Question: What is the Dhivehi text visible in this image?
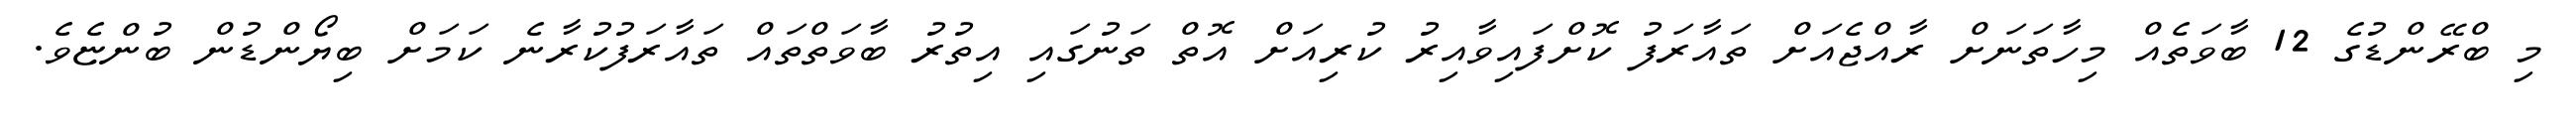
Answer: މި ބްރޭންޑުގެ 12 ބާވަތެއް މިހާތަނަށް ރާއްޖެއަށް ތައާރަފު ކޮށްފައިވާއިރު ކުރިއަށް އޮތް ތަނުގައި އިތުރު ބާވަތްތައް ތައާރަފުކުރާނެ ކަމަށް ބިޔޯންޑުން ބުންޏެވެ.